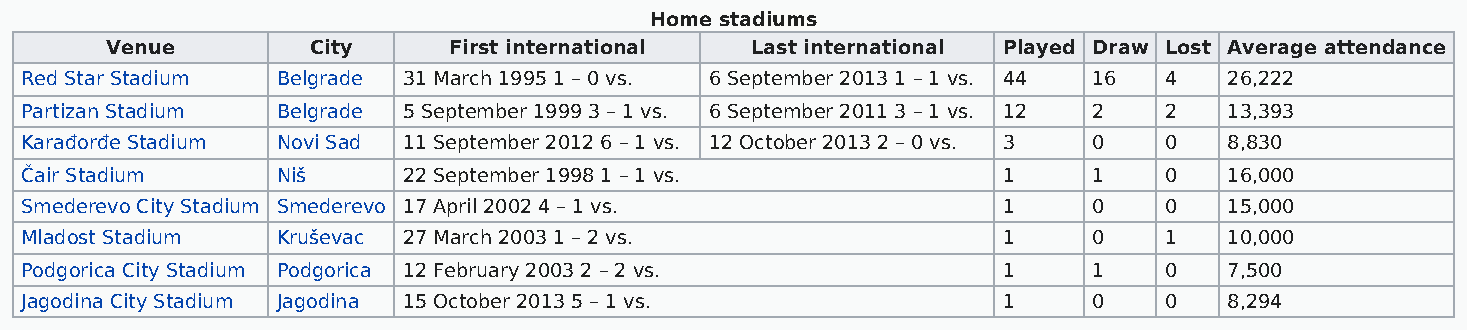
Home stadiums
 Venue         City     First international Last international Played Draw Lost Average attendance
 Red Star Stadium Belgrade 31 March 1995 1 – 0 vs. 6 September 2013 1 – 1 vs. 44 16 4 26,222
 Partizan Stadium Belgrade 5 September 1999 3 – 1 vs. 6 September 2011 3 – 1 vs. 12 2 2 13,393
 Karađorđe Stadium Novi Sad 11 September 2012 6 – 1 vs. 12 October 2013 2 – 0 vs. 3 0 0 8,830
 Čair Stadium     Niš      22 September 1998 1 – 1 vs.            1     1    0   16,000
 Smederevo City Stadium Smederevo 17 April 2002 4 – 1 vs.         1     0    0   15,000
 Mladost Stadium  Kruševac 27 March 2003 1 – 2 vs.                1     0    1   10,000
 Podgorica City Stadium Podgorica 12 February 2003 2 – 2 vs.      1     1    0   7,500
 Jagodina City Stadium Jagodina 15 October 2013 5 – 1 vs.         1     0    0   8,294